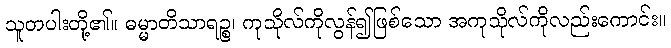
သူတပါးတို့၏။ ဓမ္မာတိသာရဉ္စ၊ ကုသိုလ်ကိုလွန်၍ဖြစ်သော အကုသိုလ်ကိုလည်းကောင်း။